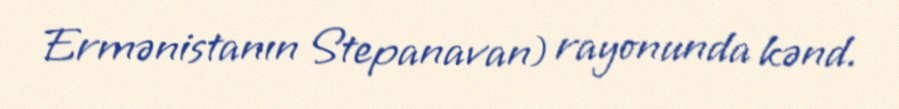
Ermənistanın Stepanavan) rayonunda kənd.